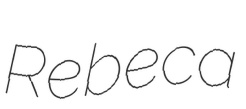
Rebeca